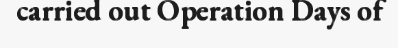
carried out Operation Days of